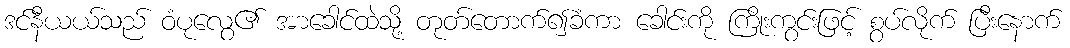
ဒင်နီယယ်သည် ဝံပုလွေ၏ အာခေါင်ထဲသို့ တုတ်တောက်၍ခံကာ ခေါင်းကို ကြိုးကွင်းဖြင့် စွပ်လိုက် ပြီးနောက်